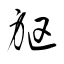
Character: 躯